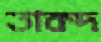
তাকদ